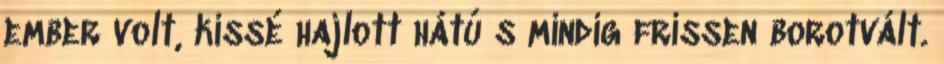
ember volt, kissé hajlott hátú s mindig frissen borotvált.